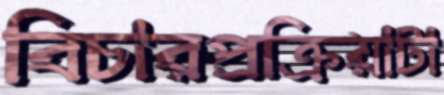
বিচারপ্রক্রিয়াটা